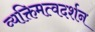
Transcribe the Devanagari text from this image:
व्यक्तिमत्वदर्शन